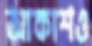
আকাশও